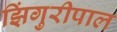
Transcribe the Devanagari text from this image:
झिंगुरीपाल